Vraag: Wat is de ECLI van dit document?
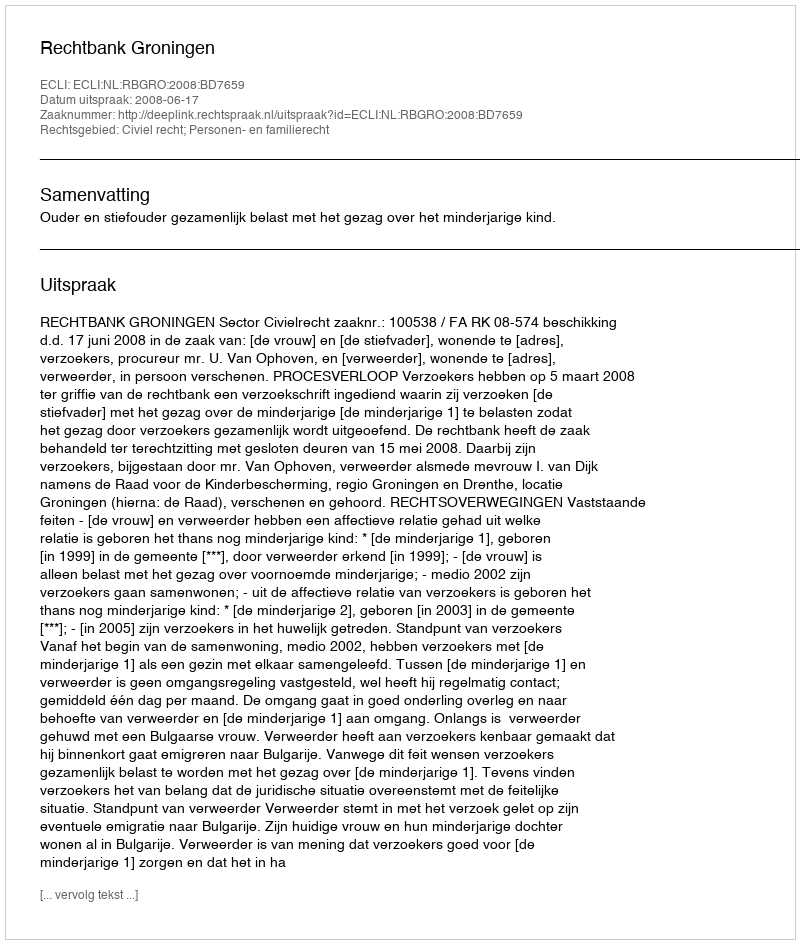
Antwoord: ECLI:NL:RBGRO:2008:BD7659